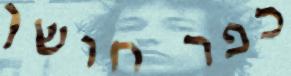
כפר חושן